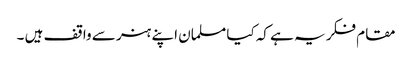
مقام فکر یہ ہے کہ کیا مسلمان اپنے ہنر سے واقف ہیں ۔